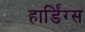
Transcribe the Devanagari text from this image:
हार्डिंग्स